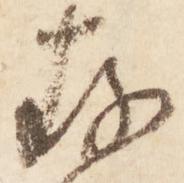
存